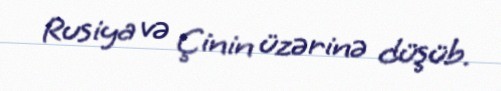
Rusiya və Çinin üzərinə düşüb.